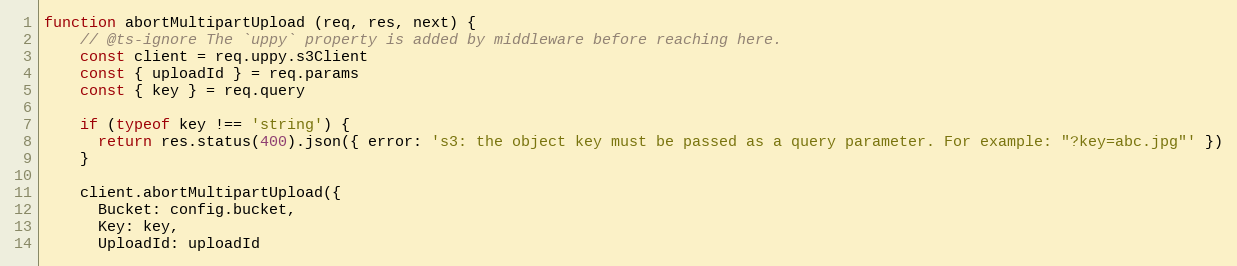
Language: JavaScript
function abortMultipartUpload (req, res, next) {
    // @ts-ignore The `uppy` property is added by middleware before reaching here.
    const client = req.uppy.s3Client
    const { uploadId } = req.params
    const { key } = req.query

    if (typeof key !== 'string') {
      return res.status(400).json({ error: 's3: the object key must be passed as a query parameter. For example: "?key=abc.jpg"' })
    }

    client.abortMultipartUpload({
      Bucket: config.bucket,
      Key: key,
      UploadId: uploadId